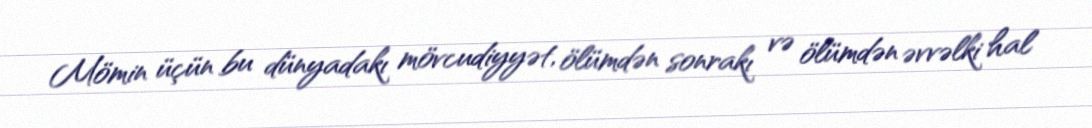
Mömin üçün bu dünyadakı mövcudiyyət, ölümdən sonrakı və ölümdən əvvəlki hal